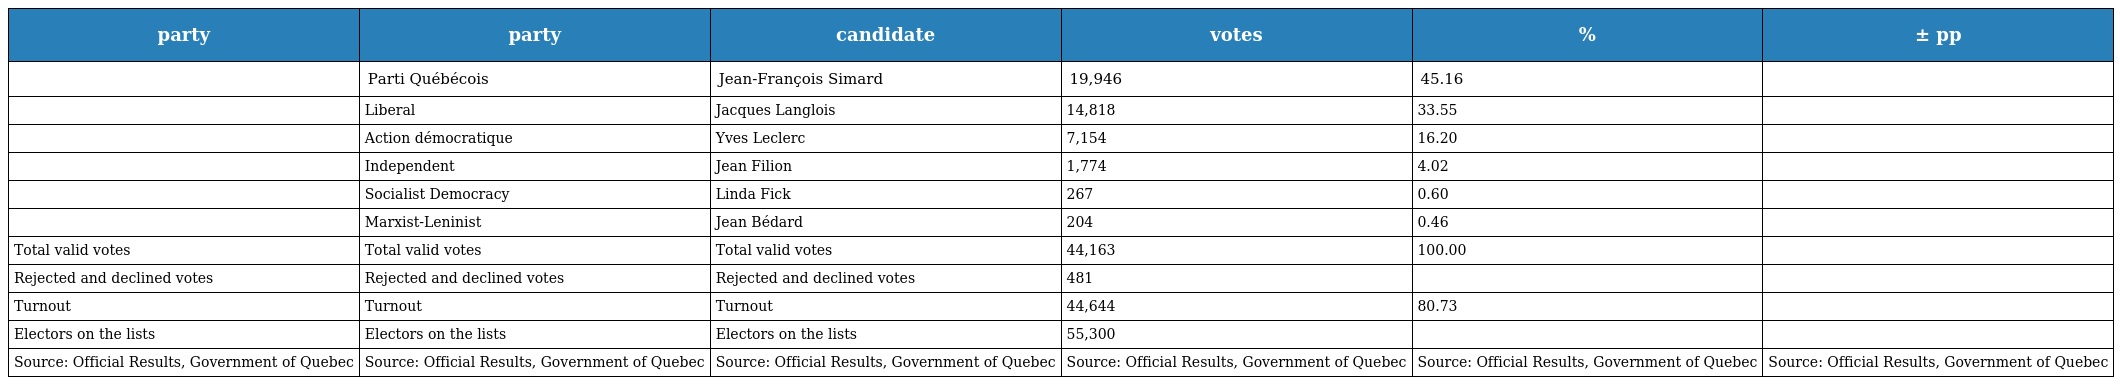
| party | party | candidate | votes | % | ± pp |
 | --- | --- | --- | --- | --- | --- |
 |  | Parti Québécois | Jean-François Simard | 19,946 | 45.16 |  |
 |  | Liberal | Jacques Langlois | 14,818 | 33.55 |  |
 |  | Action démocratique | Yves Leclerc | 7,154 | 16.20 |  |
 |  | Independent | Jean Filion | 1,774 | 4.02 |  |
 |  | Socialist Democracy | Linda Fick | 267 | 0.60 |  |
 |  | Marxist-Leninist | Jean Bédard | 204 | 0.46 |  |
 | Total valid votes | Total valid votes | Total valid votes | 44,163 | 100.00 |  |
 | Rejected and declined votes | Rejected and declined votes | Rejected and declined votes | 481 |  |  |
 | Turnout | Turnout | Turnout | 44,644 | 80.73 |  |
 | Electors on the lists | Electors on the lists | Electors on the lists | 55,300 |  |  |
 | Source: Official Results, Government of Quebec | Source: Official Results, Government of Quebec | Source: Official Results, Government of Quebec | Source: Official Results, Government of Quebec | Source: Official Results, Government of Quebec | Source: Official Results, Government of Quebec |